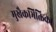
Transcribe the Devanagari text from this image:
मुखैकभिक्तिका